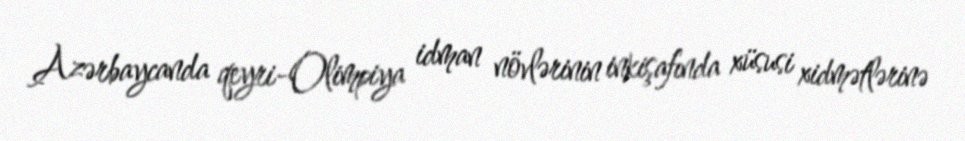
Azərbaycanda qeyri-Olimpiya idman növlərinin inkişafında xüsusi xidmətlərinə